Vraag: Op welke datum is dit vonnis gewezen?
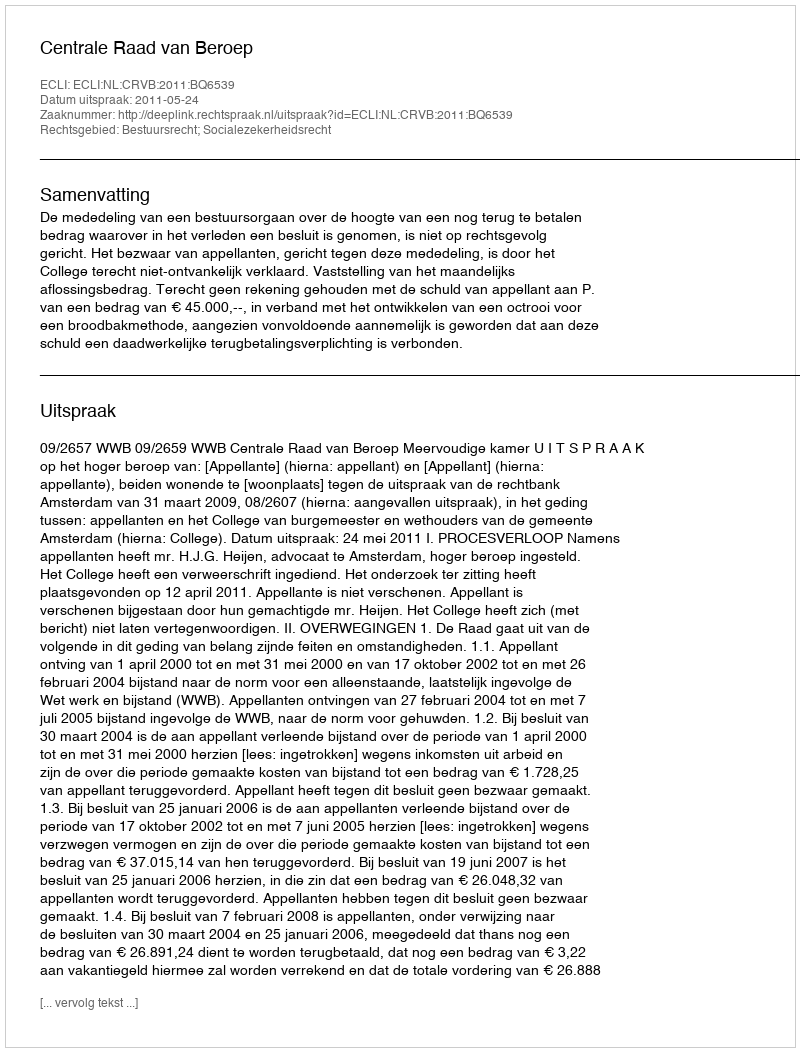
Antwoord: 2011-05-24